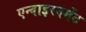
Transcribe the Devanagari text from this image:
एन्वाइरनमेंट